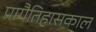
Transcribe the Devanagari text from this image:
प्रागैतिहासकाल